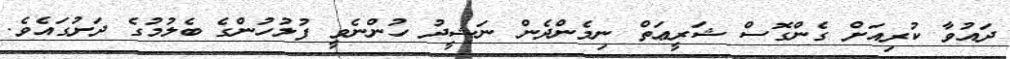
ދައުވާ ކުރިއަށް ގެންގޮސް ޝަރީޢަތް ނިމެންދެން ނަޝީދު ހުންނެވީ ފުލުހުންގެ ބެލުމުގެ ދަށުގައެވެ.